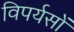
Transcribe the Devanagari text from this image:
विपर्यसों